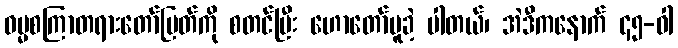
ဓမ္မစကြာတရားတော်မြတ်ကို စတင်ပြီး ဟောတော်မူခဲ့ ပါတယ်၊ အဲဒီကနောက် ၄၅-ဝါ